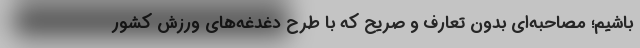
باشیم؛ ‌مصاحبه‌ای بدون تعارف و صریح که با طرح دغدغه‌های ورزش کشور